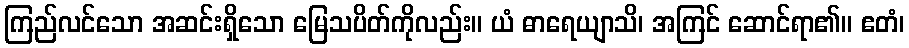
ကြည်လင်သော အဆင်းရှိသော မြေသပိတ်ကိုလည်း။ ယံ ဓာရေယျာသိ၊ အကြင် ဆောင်ရာ၏။ ဧတံ၊